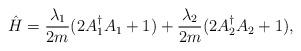
LaTeX: \begin{align*} \hat H = \frac{\lambda_1}{2m}(2 A_1^\dagger A_1 + 1) +\frac{\lambda_2}{2m}(2 A_2^\dagger A_2 +1),\end{align*}